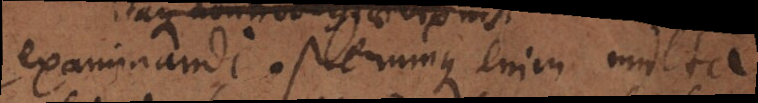
examinandi. Plerumque enim multa